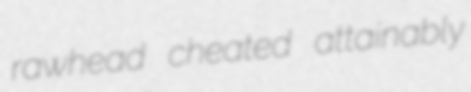
rawhead cheated attainably